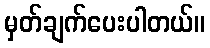
မှတ်ချက်ပေးပါတယ်။